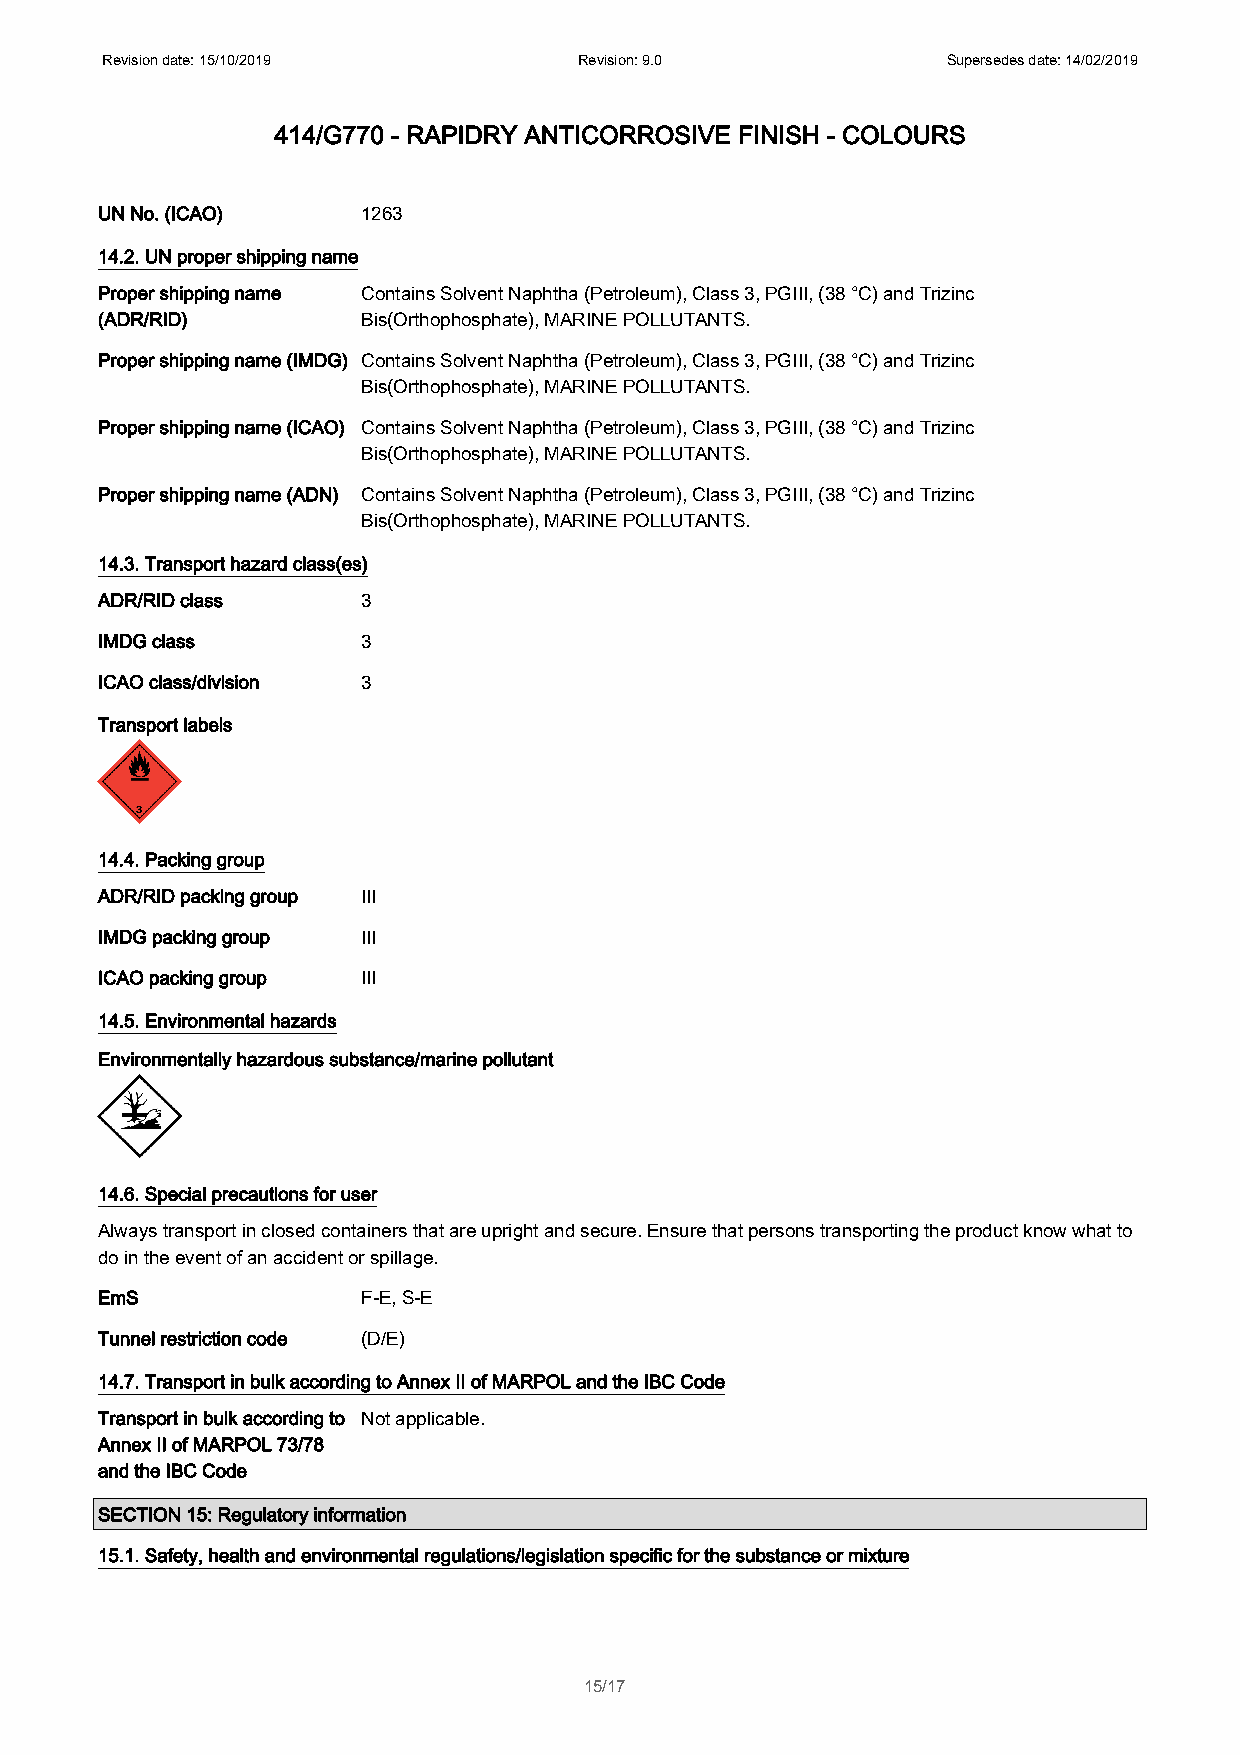
Revision date: 15/10/2019      Revision: 9.0            Supersedes date: 14/02/2019
 414/G770 - RAPIDRY ANTICORROSIVE FINISH - COLOURS
 UN No. (ICAO)     1263
 14.2. UN proper shipping name
 Proper shipping name Contains Solvent Naphtha (Petroleum), Class 3, PGIII, (38 °C) and Trizinc
 (ADR/RID)         Bis(Orthophosphate), MARINE POLLUTANTS.
 Proper shipping name (IMDG) Contains Solvent Naphtha (Petroleum), Class 3, PGIII, (38 °C) and Trizinc
 Bis(Orthophosphate), MARINE POLLUTANTS.
 Proper shipping name (ICAO) Contains Solvent Naphtha (Petroleum), Class 3, PGIII, (38 °C) and Trizinc
 Bis(Orthophosphate), MARINE POLLUTANTS.
 Proper shipping name (ADN) Contains Solvent Naphtha (Petroleum), Class 3, PGIII, (38 °C) and Trizinc
 Bis(Orthophosphate), MARINE POLLUTANTS.
 14.3. Transport hazard class(es)
 ADR/RID class     3
 IMDG class        3
 ICAO class/division 3
 Transport labels
 14.4. Packing group
 ADR/RID packing group III
 IMDG packing group III
 ICAO packing group III
 14.5. Environmental hazards
 Environmentally hazardous substance/marine pollutant
 14.6. Special precautions for user
 Always transport in closed containers that are upright and secure. Ensure that persons transporting the product know what to
 do in the event of an accident or spillage.
 EmS               F-E, S-E
 Tunnel restriction code (D/E)
 14.7. Transport in bulk according to Annex II of MARPOL and the IBC Code
 Transport in bulk according to Not applicable.
 Annex II of MARPOL 73/78
 and the IBC Code
 SECTION 15: Regulatory information
 15.1. Safety, health and environmental regulations/legislation specific for the substance or mixture
 15/17